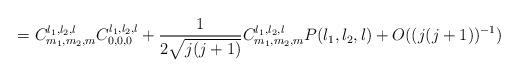
LaTeX: \begin{align*}=C_{m_{1},m_{2},m}^{l_{1},l_{2},l}C_{0,0,0}^{l_{1},l_{2},l}+\frac{1}{2\sqrt{j(j+1)}}C_{m_{1},m_{2},m}^{l_{1},l_{2},l}P(l_{1},l_{2},l)+O((j(j+1))^{-1}) \end{align*}